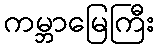
ကမ္ဘာမြေကြီး